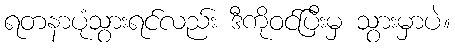
ရတနာပုံသွားရင်လည်း ဒီကိုဝင်ပြီးမှ သွားမှာပဲ။